Indian journal of veterinary science and animal husbandry - Volume 9,
Year: 1939
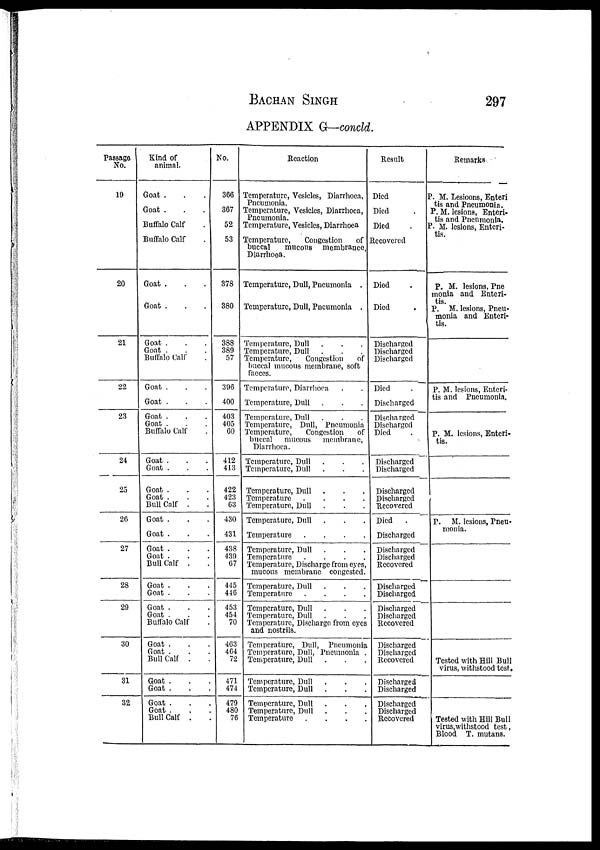
BACHAN
SINGH
297
APPENDIX G—concld.
Passage
No.
19
20
21
22
23
24
25
26
27
28
29
30
31
32
Kind of
animal.
Goat . . .
Goat . . .
Buffalo Calf .
Buffalo Calf .
Goat . . .
Goat . . .
Goat . . .
Goat . . .
Buffalo Calf .
Goat . . .
Goat . . .
Goat . . .
Goat . . .
Buffalo Calf .
Goat . . .
Goat . . .
Goat . . .
Goat . . .
Bull Calf . .
Goat . . .
Goat . . .
Goat . . .
Goat . . .
Bull Calf . .
Goat . . .
Goat . . .
Goat . . .
Goat . . .
Buffalo Calf .
Goat . . .
Goat . . .
Bull Calf . .
Goat . . .
Goat . . .
Goat . . .
Goat . . .
Bull Calf . .
No.
366
367
52
53
378
380
388
389
57
396
400
403
405
60
412
413
422
423
63
430
431
438
439
67
445
416
453
454
70
463
464
72
471
474
479
480
76
Reaction
Temperature, Vesicles, Diarrhoea,
Pneumonia.
Temperature, Vesicles, Diarrhoea,
Pneumonia.
Temperature, Vesicles, Diarrhoea
Temperature,
Congestion
of
buccal
mucous
membrance,
Diarrhoea.
Temperature, Dull, Pneumonia .
Temperature, Dull, Pneumonia .
Temperature, Dull . . .
Temperature, Dull . . .
Temperature,
Congestion
of
buccal mucous membrane, soft
faeces.
Temperature, Diarrhoea . .
Temperature, Dull . . .
Temperature, Dull . . .
Temperature, Dull, Pneumonia
Temperature,
Congestion
of
buccal
mucous
membrane,
Diarrhoea.
Temperature, Dull . . .
Temperature, Dull . . .
Temperature, Dull . . .
Temperature
.
.
.
.
Temperature, Dull . . .
Temperature, Dull . . .
Temperature
.
.
.
.
Temperature, Dull . . .
Temperature
.
.
.
.
Temperature, Discharge from eyes,
mucous membrane congested.
Temperature, Dull . . .
Temperature
.
.
.
.
Temperature, Dull . . .
Temperature, Dull . . .
Temperature, Discharge from eyes
and nostrils.
Temperature, Dull, Pneumonia
Temperature, Dull, Pneumonia .
Temperature, Dull . . .
Temperature, Dull . . .
Temperature, Dull . . .
Temperature, Dull . . .
Temperature, Dull . . .
Temperature
.
.
.
.
Result
Died
Died .
Died
.
Recovered
Died .
Died .
Discharged
Discharged
Discharged
Died
Discharged
Discharged
Discharged
Died .
Discharged
Discharged
Discharged
Discharged
Recovered
Died .
Discharged
Discharged
Discharged
Recovered
Discharged
Discharged
Discharged
Discharged
Recovered
Discharged
Discharged
Recovered
Discharged
Discharged
Discharged
Discharged
Recovered
Remarks
P. M. Lesioons. Enteri
tis and Pnenmonia.
P. M. lesions, Enteri-
tis and Pnenmonia.
P. M. lesions, Enteri¬
tis.
P. M. lesions, Pne
monia and Enteri-
tis.
P. M. lesions, Pneu-
monia and Enteri-
tis.
P. M. lesions, Enteri¬
tis and Pneumonia.
P. M. lesions, Enteri-
tis.
P. M. lesions, Pneu¬
Tested with Hill Bull
virus, withstood test.
Tested with Hill Bull
virus, withstood test,
Blood T. mutans.